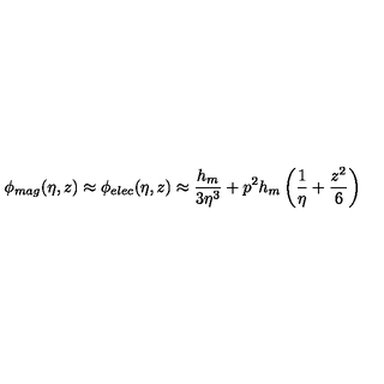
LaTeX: \phi _ { m a g } ( \eta , z ) \approx \phi _ { e l e c } ( \eta , z ) \approx \frac { h _ { m } } { 3 \eta ^ { 3 } } + p ^ { 2 } h _ { m } \left( \frac 1 \eta + \frac { z ^ { 2 } } 6 \right)